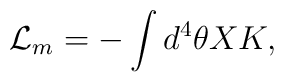
{\cal L}_{m} = - \int d^4 \theta X K,